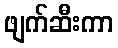
ဖျက်ဆီးကာ